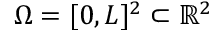
\Omega = [ 0 , L ] ^ { 2 } \subset \mathbb { R } ^ { 2 }